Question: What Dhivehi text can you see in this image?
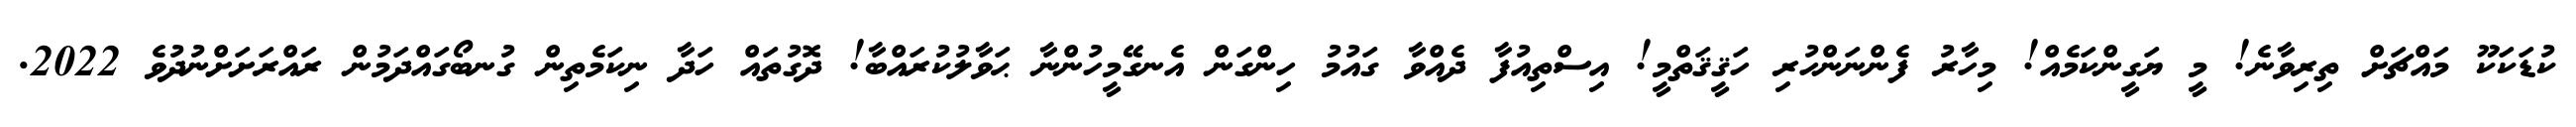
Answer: ކުޑަކަކޫ މައްޗަށް ތިރިވާނެ! މީ ޔަގީންކަމެއް! މިހާރު ފެންނަންހުރި ހަޤީޤަތްމީ! އިސްތިއުފާ ދެއްވާ ގައުމު ހިންގަން އެނގޭމީހުންނާ ޙަވާލުކުރައްބާ! ދޮގުތައް ހަދާ ނިކަމެތިން ގުނބޯގައްދަމުން ރައްރަށަށްނުދުވެ 2022.